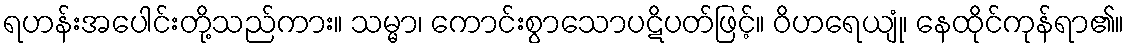
ရဟန်းအပေါင်းတို့သည်ကား။ သမ္မာ၊ ကောင်းစွာသောပဋိပတ်ဖြင့်။ ဝိဟရေယျုံ၊ နေထိုင်ကုန်ရာ၏။